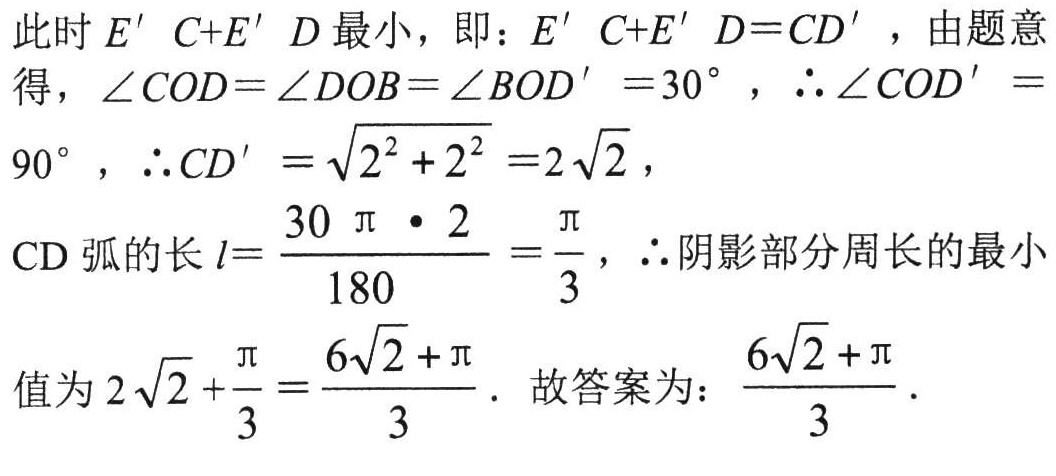
此时\(E'C + E'D\)最小，即：\(E'C + E'D = CD'\)，由题意得，\(\angle COD=\angle DOB=\angle BOD' = 30^{\circ}\)，\(\therefore\angle COD' = 90^{\circ}\)，\(\therefore CD'=\sqrt{2^{2}+2^{2}} = 2\sqrt{2}\)，
\(CD\)弧的长\(l = \frac{30\pi\cdot2}{180}=\frac{\pi}{3}\)，\(\therefore\)阴影部分周长的最小值为\(2\sqrt{2}+\frac{\pi}{3}=\frac{6\sqrt{2}+\pi}{3}\). 故答案为：\(\frac{6\sqrt{2}+\pi}{3}\).